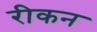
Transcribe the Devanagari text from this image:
रीकन